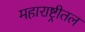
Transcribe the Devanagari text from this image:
महाराष्ट्रीतल